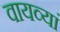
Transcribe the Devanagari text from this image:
वायव्यां